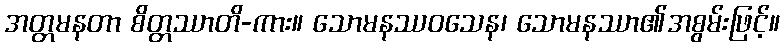
အတ္တမနတာ စိတ္တဿာတိ-ကား။ သောမနဿဝသေန၊ သောမနဿာ၏အစွမ်းဖြင့်။